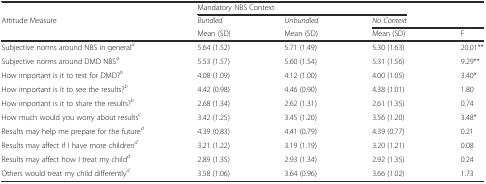
<table><thead><tr><td></td><td colspan="3"><b>Mandatory NBS Context</b></td><td></td></tr><tr><td><b>Attitude Measure</b></td><td><b><i>Bundled</i></b></td><td><b><i>Unbundled</i></b></td><td><b><i>No Context</i></b></td><td></td></tr><tr><td></td><td><b>Mean (SD)</b></td><td><b>Mean (SD)</b></td><td><b>Mean (SD)</b></td><td><b>F</b></td></tr></thead><tbody><tr><td>Subjective norms around NBS in general<sup><i>a</i></sup></td><td>5.64 (1.52)</td><td>5.71 (1.49)</td><td>5.30 (1.63)</td><td>20.01**</td></tr><tr><td>Subjective norms around DMD NBS<sup><i>a</i></sup></td><td>5.53 (1.57)</td><td>5.60 (1.54)</td><td>5.31 (1.56)</td><td>9.29**</td></tr><tr><td>How important is it to test for DMD?<sup><i>b</i></sup></td><td>4.08 (1.09)</td><td>4.12 (1.00)</td><td>4.00 (1.05)</td><td>3.40*</td></tr><tr><td>How important is it to see the results?<sup><i>b</i></sup></td><td>4.42 (0.98)</td><td>4.46 (0.90)</td><td>4.38 (1.01)</td><td>1.80</td></tr><tr><td>How important is it to share the results?<sup><i>b</i></sup></td><td>2.68 (1.34)</td><td>2.62 (1.31)</td><td>2.61 (1.35)</td><td>0.74</td></tr><tr><td>How much would you worry about results<sup><i>c</i></sup></td><td>3.42 (1.25)</td><td>3.45 (1.20)</td><td>3.56 (1.20)</td><td>3.48*</td></tr><tr><td>Results may help me prepare for the future<sup><i>d</i></sup></td><td>4.39 (0.83)</td><td>4.41 (0.79)</td><td>4.39 (0.77)</td><td>0.21</td></tr><tr><td>Results may affect if I have more children<sup><i>d</i></sup></td><td>3.21 (1.22)</td><td>3.19 (1.19)</td><td>3.20 (1.21)</td><td>0.08</td></tr><tr><td>Results may affect how I treat my child<sup><i>d</i></sup></td><td>2.89 (1.35)</td><td>2.93 (1.34)</td><td>2.92 (1.35)</td><td>0.24</td></tr><tr><td>Others would treat my child differently<sup><i>d</i></sup></td><td>3.58 (1.06)</td><td>3.64 (0.96)</td><td>3.66 (1.02)</td><td>1.73</td></tr></tbody></table>